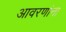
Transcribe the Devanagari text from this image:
आवरणांना